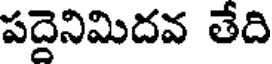
పదైనిమిదవ తేది